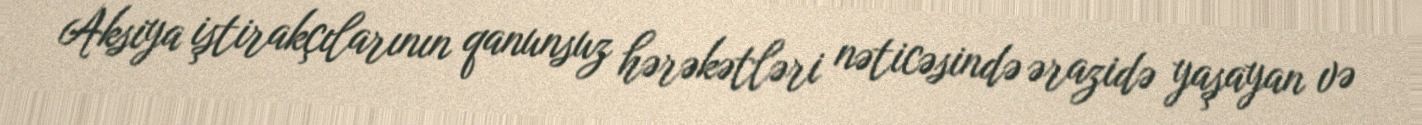
Aksiya iştirakçılarının qanunsuz hərəkətləri nəticəsində ərazidə yaşayan və